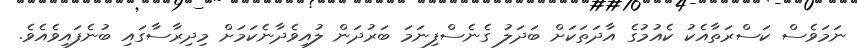
ނަމަވެސް ކަސްރަތާއެކު ކެއުމުގެ އާދަތަކަށް ބަދަލު ގެނެސްފިނަމަ ބަރުދަން ލުއިވެދާނެކަމަށް މިދިރާސާގައި ބުނެފައިވެއެވެ.